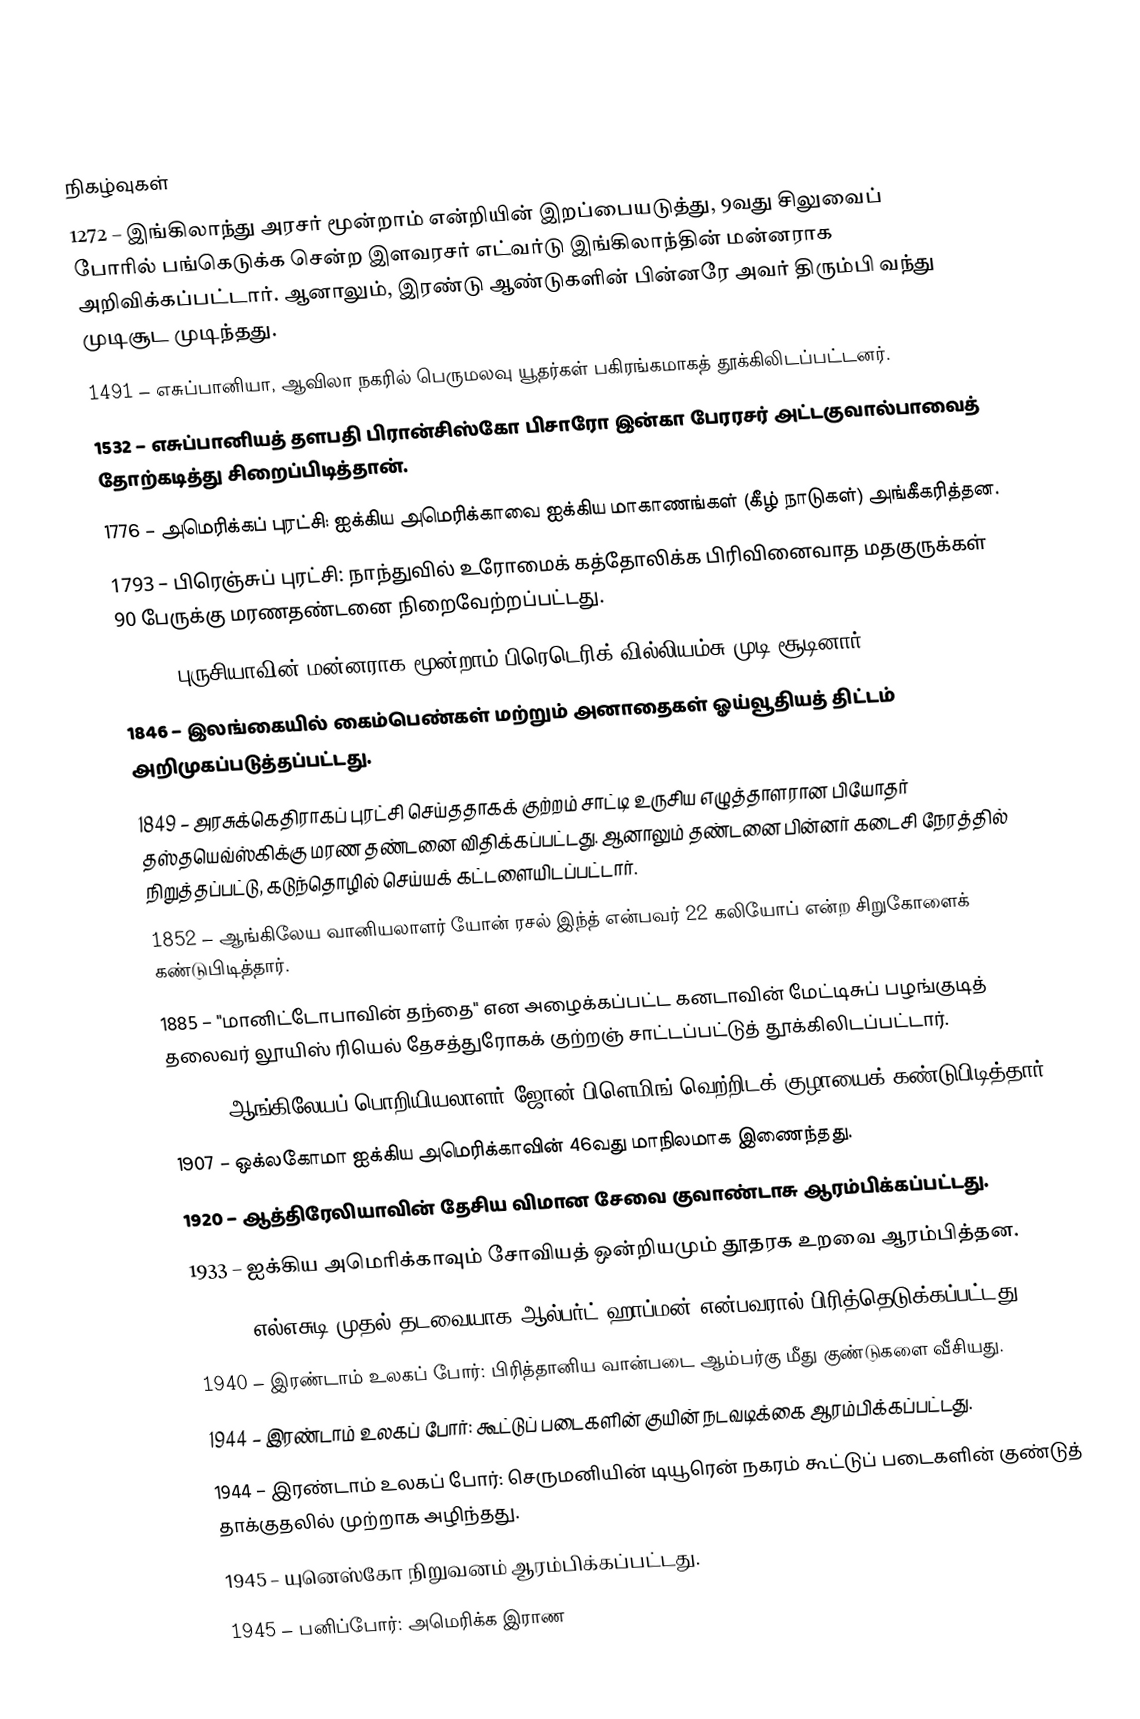

நிகழ்வுகள்
1272 – இங்கிலாந்து அரசர் மூன்றாம் என்றியின் இறப்பையடுத்து, 9வது சிலுவைப் போரில் பங்கெடுக்க சென்ற இளவரசர் எட்வர்டு இங்கிலாந்தின் மன்னராக அறிவிக்கப்பட்டார். ஆனாலும், இரண்டு ஆண்டுகளின் பின்னரே அவர் திரும்பி வந்து முடிசூட முடிந்தது.
1491 – எசுப்பானியா, ஆவிலா நகரில் பெருமலவு யூதர்கள் பகிரங்கமாகத் தூக்கிலிடப்பட்டனர்.
1532 – எசுப்பானியத் தளபதி பிரான்சிஸ்கோ பிசாரோ இன்கா பேரரசர் அட்டகுவால்பாவைத் தோற்கடித்து சிறைப்பிடித்தான்.
1776 – அமெரிக்கப் புரட்சி: ஐக்கிய அமெரிக்காவை ஐக்கிய மாகாணங்கள் (கீழ் நாடுகள்) அங்கீகரித்தன.
1793 – பிரெஞ்சுப் புரட்சி: நாந்துவில் உரோமைக் கத்தோலிக்க பிரிவினைவாத மதகுருக்கள் 90 பேருக்கு மரணதண்டனை நிறைவேற்றப்பட்டது.
1797 – புருசியாவின் மன்னராக மூன்றாம் பிரெடெரிக் வில்லியம்சு முடி சூடினார்.
1846 – இலங்கையில் கைம்பெண்கள் மற்றும் அனாதைகள் ஓய்வூதியத் திட்டம் அறிமுகப்படுத்தப்பட்டது.
1849 – அரசுக்கெதிராகப் புரட்சி செய்ததாகக் குற்றம் சாட்டி உருசிய எழுத்தாளரான பியோதர் தஸ்தயெவ்ஸ்கிக்கு மரண தண்டனை விதிக்கப்பட்டது. ஆனாலும் தண்டனை பின்னர் கடைசி நேரத்தில் நிறுத்தப்பட்டு, கடுந்தொழில் செய்யக் கட்டளையிடப்பட்டார்.
1852 – ஆங்கிலேய வானியலாளர் யோன் ரசல் இந்த் என்பவர் 22 கலியோப் என்ற சிறுகோளைக் கண்டுபிடித்தார்.
1885 – "மானிட்டோபாவின் தந்தை" என அழைக்கப்பட்ட கனடாவின் மேட்டிசுப் பழங்குடித் தலைவர் லூயிஸ் ரியெல் தேசத்துரோகக் குற்றஞ் சாட்டப்பட்டுத் தூக்கிலிடப்பட்டார்.
1904 – ஆங்கிலேயப் பொறியியலாளர் ஜோன் பிளெமிங் வெற்றிடக் குழாயைக் கண்டுபிடித்தார்.
1907 – ஒக்லகோமா ஐக்கிய அமெரிக்காவின் 46வது மாநிலமாக இணைந்தது.
1920 – ஆத்திரேலியாவின் தேசிய விமான சேவை குவாண்டாசு ஆரம்பிக்கப்பட்டது.
1933 – ஐக்கிய அமெரிக்காவும் சோவியத் ஒன்றியமும் தூதரக உறவை ஆரம்பித்தன.
1938 – எல்எசுடி முதல் தடவையாக ஆல்பர்ட் ஹாப்மன் என்பவரால் பிரித்தெடுக்கப்பட்டது.
1940 – இரண்டாம் உலகப் போர்: பிரித்தானிய வான்படை ஆம்பர்கு மீது குண்டுகளை வீசியது.
1944 – இரண்டாம் உலகப் போர்: கூட்டுப் படைகளின் குயின் நடவடிக்கை ஆரம்பிக்கப்பட்டது.
1944 – இரண்டாம் உலகப் போர்: செருமனியின் டியூரென் நகரம் கூட்டுப் படைகளின் குண்டுத் தாக்குதலில் முற்றாக அழிந்தது.
1945 – யுனெஸ்கோ நிறுவனம் ஆரம்பிக்கப்பட்டது.
1945 – பனிப்போர்: அமெரிக்க இராண